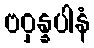
ဗဝှန္နပါနံ